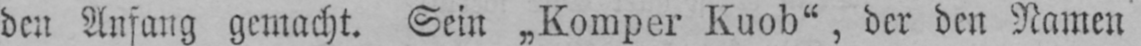
den Anfang gemacht. Sein „Komper Kuob“, der den Namen